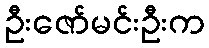
ဦးဇော်မင်းဦးက